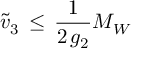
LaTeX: { \tilde { v } } _ { 3 } \, \leq \, \frac { 1 } { 2 \, g _ { 2 } } M _ { W }